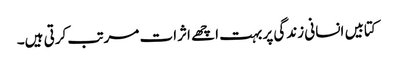
کتابیں انسانی زندگی پر بہت اچھے اثرات مرتب کرتی ہیں۔